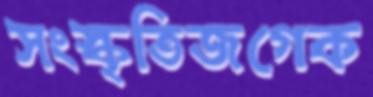
সংস্কৃতিজগেক